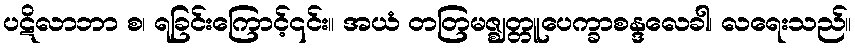
ပဋိလာဘာ စ၊ ရခြင်းကြောင့်၎င်း။ အယံ တတြမဇ္ဈတ္တူပေက္ခာစန္ဒလေခါ၊ လရေးသည်။